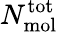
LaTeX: N_{\mathrm{mol}}^{\mathrm{tot}}